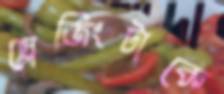
স্লেজিংটাকে